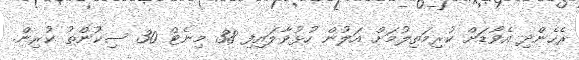
ރެހެންދި އެވޯޑަށް ކުރިމަތިލުމަށް އަލުން ހުޅުވާލައިފި 38 މިނެޓް 30 ސިކުންތު ކުރިން.